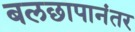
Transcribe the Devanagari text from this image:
बलछापानंतर